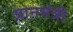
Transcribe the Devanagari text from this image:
प्रानमंत्री